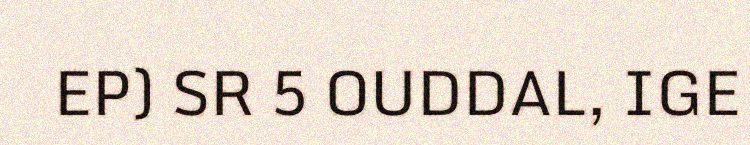
EP) SR 5 OUDDAL, IGE